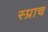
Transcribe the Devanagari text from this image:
स्प्राच